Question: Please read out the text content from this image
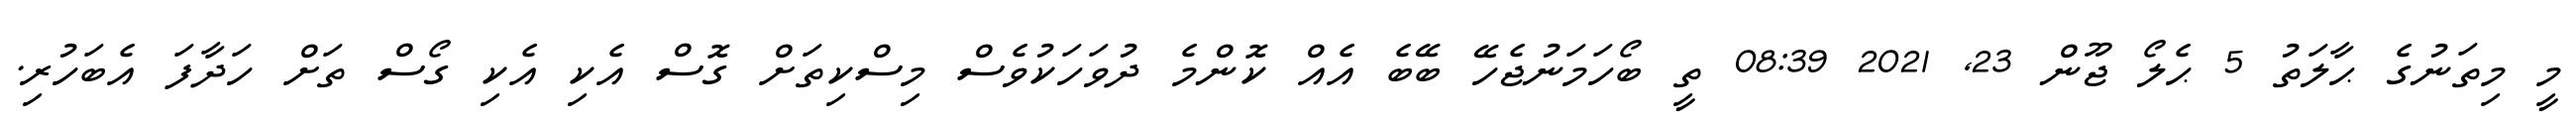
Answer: މީ މިތަނުގެ ޙާލަތު 5 ޙެލޯ ޖޫން 23, 2021 08:39 ތީ ބޯހަމަނުޖެހޭ ބޭބެ އެއް ކޮންމެ ދުވަހަކުވެސް މިސްކިތަށް ގޮސް އެކި އެކި ގޯސް ތަށް ހަދާފަ އެބަހުރި.